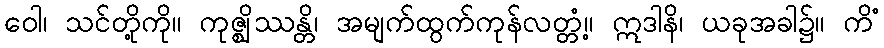
ဝေါ၊ သင်တို့ကို။ ကုဇ္ဈိဿန္တိ၊ အမျက်ထွက်ကုန်လတ္တံ့။ ဣဒါနိ၊ ယခုအခါ၌။ ကိံ